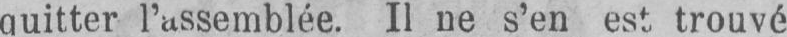
l’assemblée. Il ne s’en est trouvé